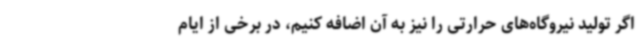
اگر تولید نیروگاه‌های حرارتی را نیز به آن اضافه کنیم، در برخی از ایام